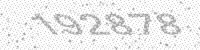
Solution: 192878